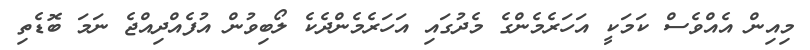
މިއިން އެއްވެސް ކަމަކީ އަހަރެމެންގެ މެދުގައި އަހަރެމެންދެކެ ލޯބިވުން އުފެއްދިއްޖެ ނަމަ ބޮޑެތި